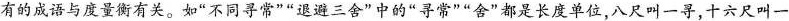
有的成语与度量衡有关。如”不同寻常””退避三舍”中的”寻常””舍”都是长度单位，八尺叫一寻，十六尺叫一